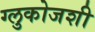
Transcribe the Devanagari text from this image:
ग्लुकोजशी